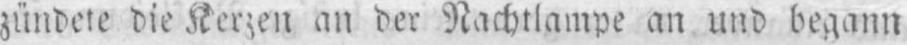
zündete die Kerzen an der Nachtlampe an und begann